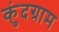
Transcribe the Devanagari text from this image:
कुंदग्राम